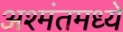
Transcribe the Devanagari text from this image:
अश्मंतमध्ये